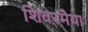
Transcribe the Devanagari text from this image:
शिवरमैया